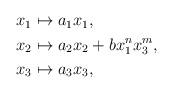
LaTeX: \begin{align*}\begin{aligned}x_1 &\mapsto a_1 x_1,\\x_2&\mapsto a_2 x_2 +b x_1^n x_3^m,\\x_3&\mapsto a_3x_3,\end{aligned}\end{align*}